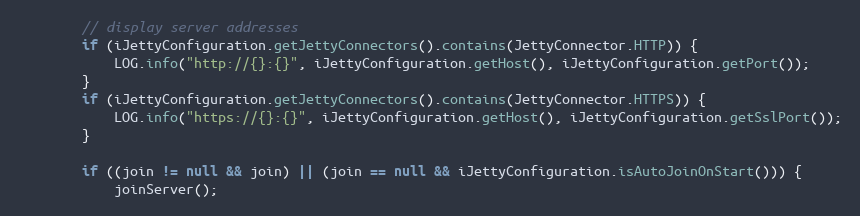
Language: Java
        // display server addresses
        if (iJettyConfiguration.getJettyConnectors().contains(JettyConnector.HTTP)) {
            LOG.info("http://{}:{}", iJettyConfiguration.getHost(), iJettyConfiguration.getPort());
        }
        if (iJettyConfiguration.getJettyConnectors().contains(JettyConnector.HTTPS)) {
            LOG.info("https://{}:{}", iJettyConfiguration.getHost(), iJettyConfiguration.getSslPort());
        }

        if ((join != null && join) || (join == null && iJettyConfiguration.isAutoJoinOnStart())) {
            joinServer();